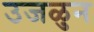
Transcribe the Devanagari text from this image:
उजळुन